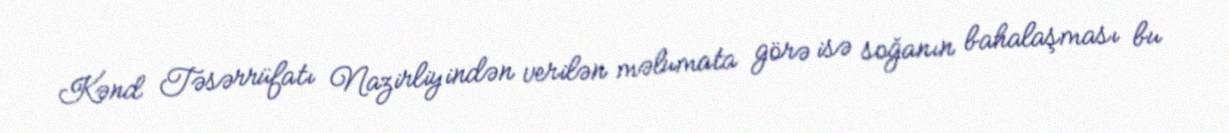
Kənd Təsərrüfatı Nazirliyindən verilən məlumata görə isə soğanın bahalaşması bu